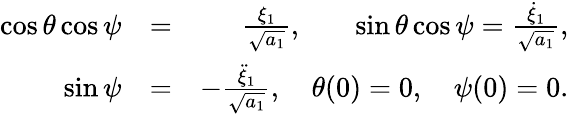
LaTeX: \begin{array}{rlr}{\cos{\theta}\cos{\psi}}&{=}&{\frac{\xi_{1}}{\sqrt{a_{1}}},\quad\; \; \; \sin{\theta}\cos{\psi}=\frac{\dot{\xi}_{1}}{\sqrt{a_{1}}},}\\ {\sin{\psi}}&{=}&{-\frac{\ddot{\xi}_{1}}{\sqrt{a_{1}}},\quad\theta(0)=0,\quad\psi(0)=0.}\end{array}